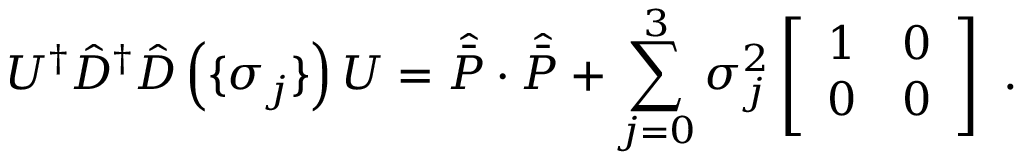
U ^ { \dagger } { \hat { \cal { D } } } ^ { \dagger } { \hat { \cal { D } } } \left( \lbrace \sigma _ { j } \rbrace \right) U = { \hat { \bar { P } } } \cdot { \hat { \bar { P } } } + \sum _ { j = 0 } ^ { 3 } \sigma _ { j } ^ { 2 } \left[ \begin{array} { c c } { { 1 } } & { { 0 } } \\ { { 0 } } & { { 0 } } \end{array} \right] \ .